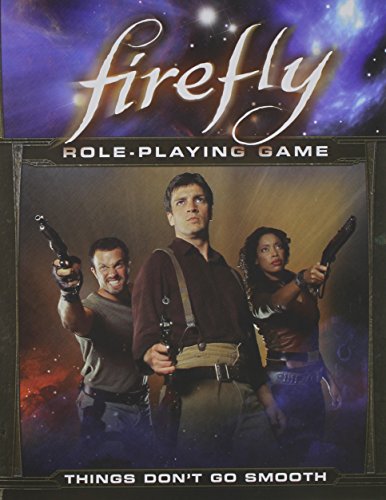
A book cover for Firefly: Things Don't Go Smooth; Science Fiction & Fantasy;